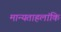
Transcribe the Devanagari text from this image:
मान्यताहलांकि